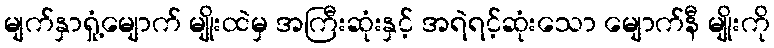
မျက်နှာရှုံ့မျောက် မျိုးထဲမှ အကြီးဆုံးနှင့် အရဲရင့်ဆုံးသော မျောက်နီ မျိုးကို